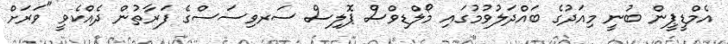
އެމްޑީޕީން ބުނީ މިއަދުގެ ބައްދަލުވުމުގައި މޯލްޑިވްސް ޕޮލިސް ސަރވިސަސްގެ ފަރާތުން ދެއްކެވީ "ވަރަށް